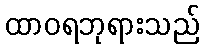
ထာဝရဘုရားသည်